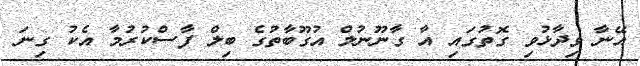
އޭނާ ވިދާޅުވި ގޮތުގައި އާ ގާނޫނުލް އުގޫބާތުގެ ބިލް ފާސްކުރުމާ އެކު ގިނަ